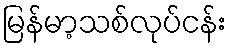
မြန်မာ့သစ်လုပ်ငန်း